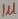
Text: 1µ